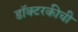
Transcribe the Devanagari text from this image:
डॉक्टरकीची